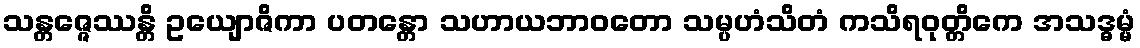
သန္တဇ္ဇေဿန္တိ ဥယျောဇိကာ ပတန္တော သဟာယဘာဝတော သမ္ပဟံသိတံ ကသိရဝုတ္တိကေ အသဒ္ဓမ္မံ